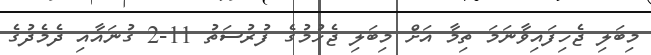
މިބަލި ޖެހިފައިވާނަމަ ތިމާ އަށް މިބަލި ޖެހުމުގެ ފުރުސަތު 11-2 ގުނައާއި ދެމެދުގެ